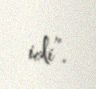
idi”.